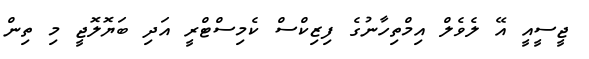
ޖީސީއީ އޭ ލެވެލް އިމްތިހާނުގެ ފިޒިކްސް ކެމިސްޓްރީ އަދި ބަޔޮލޮޖީ މި ތިން